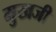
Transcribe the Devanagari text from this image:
मुखजी